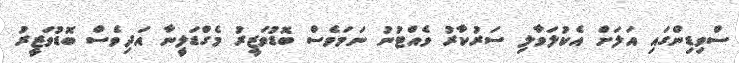
ސްވިޑިންގައި އަލަށް އެކުލަވާލި ސަރުކާރު ވެއްޓުނު ނަމަވެސް ބޮޑުވަޒީރު މެގްޑަލީނާ އަދިވެސް ބޮޑުވަޒީރު